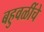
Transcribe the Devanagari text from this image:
बहुवळींचे